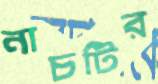
নাচটির